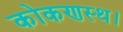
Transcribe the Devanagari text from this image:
कोकणस्थ।